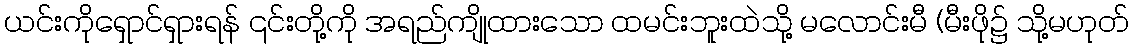
ယင်းကိုရှောင်ရှားရန် ၎င်းတို့ကို အရည်ကျိုထားသော ထမင်းဘူးထဲသို့ မလောင်းမီ (မီးဖို၌ သို့မဟုတ်